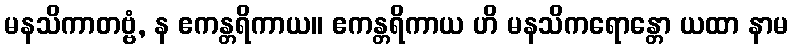
မနသိကာတဗ္ဗံ, န ဧကန္တရိကာယ။ ဧကန္တရိကာယ ဟိ မနသိကရောန္တော ယထာ နာမ